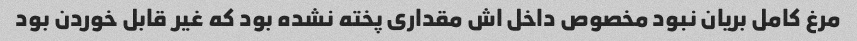
مرغ کامل بریان نبود مخصوص داخل اش مقداری پخته نشده بود که غیر قابل خوردن بود